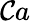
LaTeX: \mathcal{C}a